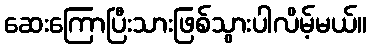
ဆေးကြောပြီးသားဖြစ်သွားပါလိမ့်မယ်။